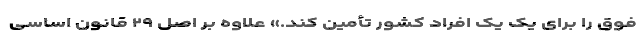
فوق را برای یک یک افراد کشور تأمین کند.» علاوه بر اصل ۲۹ قانون اساسی